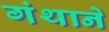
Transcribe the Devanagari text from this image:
गंथाने